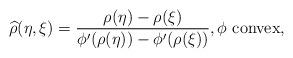
LaTeX: \begin{align*} \widehat\rho(\eta,\xi) = \frac{\rho(\eta)-\rho(\xi)}{\phi'(\rho(\eta))-\phi'(\rho(\xi))}, \phi\mbox{ convex},\end{align*}